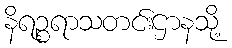
နိရဉ္စရာသတင်းဌာနသို့